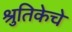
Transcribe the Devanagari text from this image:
श्रुतिकेचे